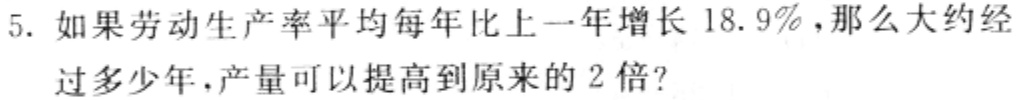
5. 如果劳动生产率平均每年比上一年增长$18.9\%$，那么大约经过多少年，产量可以提高到原来的$2$倍？